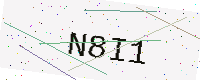
Text: N8I1